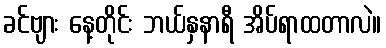
ခင်ဗျား နေ့တိုင်း ဘယ်နှနာရီ အိပ်ရာထတာလဲ။